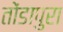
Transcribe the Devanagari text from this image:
तोंडापुरा